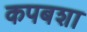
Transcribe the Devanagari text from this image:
कपबशा